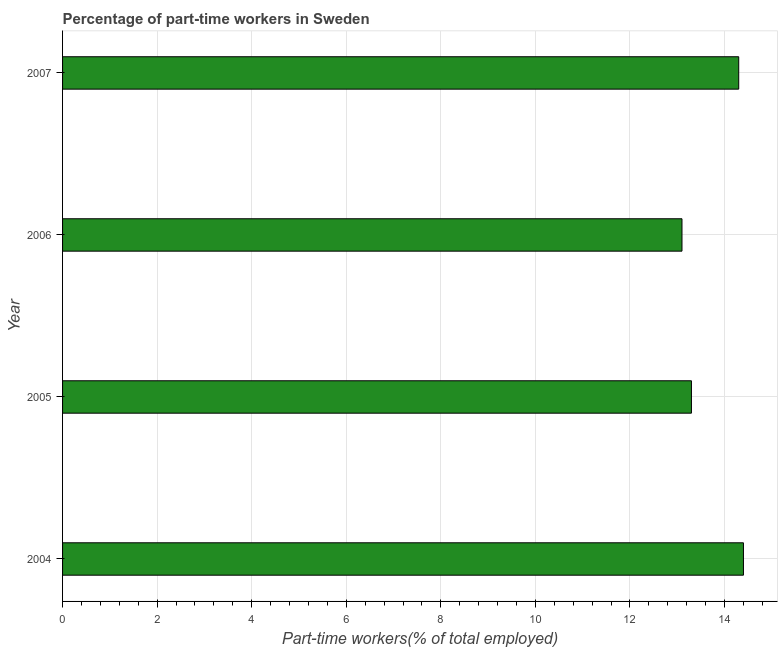
| Year | Part time employment |
 | --- | --- |
 | 2004 | 14.4 |
 | 2005 | 13.3 |
 | 2006 | 13.1 |
 | 2007 | 14.3 |